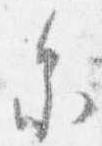
参